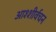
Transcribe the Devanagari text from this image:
आश्शीर्वचन